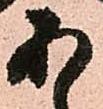
あ